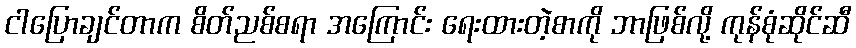
ငါပြောချင်တာက စိတ်ညစ်စရာ အကြောင်း ရေးထားတဲ့စာကို ဘာဖြစ်လို့ ကုန်စုံဆိုင်ဆီ